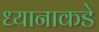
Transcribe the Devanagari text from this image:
ध्यानाकडे